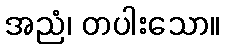
အညံ၊ တပါးသော။